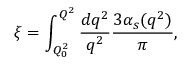
\xi = \int _ { Q _ { 0 } ^ { 2 } } ^ { Q ^ { 2 } } \frac { d q ^ { 2 } } { q ^ { 2 } } \frac { 3 \alpha _ { s } ( q ^ { 2 } ) } { \pi } ,